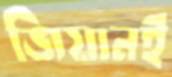
জিয়ানই